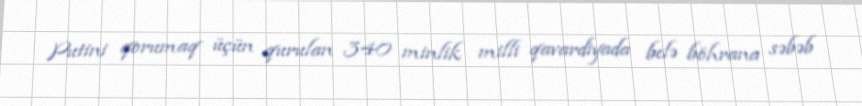
Putini qorumaq üçün qurulan 340 minlik milli qavardiyada belə böhrana səbəb